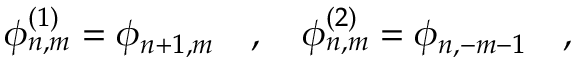
\phi _ { n , m } ^ { ( 1 ) } = \phi _ { n + 1 , m } ~ ~ ~ , ~ ~ ~ \phi _ { n , m } ^ { ( 2 ) } = \phi _ { n , - m - 1 } ~ ~ ~ ,